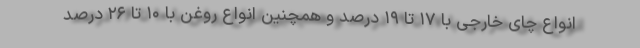
انواع چای خارجی با ۱۷ تا ۱۹ درصد و همچنین انواع روغن با ۱۰ تا ۲۶ درصد